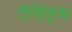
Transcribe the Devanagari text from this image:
ऍसिड्स